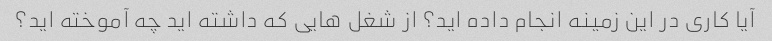
آیا کاری در این زمینه انجام داده اید؟ از شغل هایی که داشته اید چه آموخته اید؟